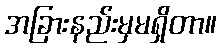
အခြားနည်းမှမရှိတာ။